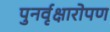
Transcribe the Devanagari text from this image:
पुनर्वृक्षारोपण